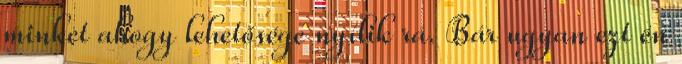
minket ahogy lehetősége nyílik rá. Bár ugyan ezt én